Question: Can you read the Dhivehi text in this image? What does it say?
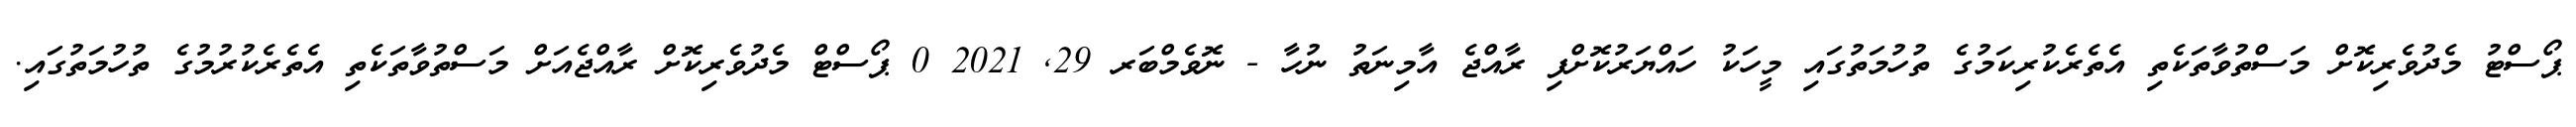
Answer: ޕޯސްޓު މެދުވެރިކޮށް މަސްތުވާތަކެތި އެތެރެކުރިކަމުގެ ތުހުމަތުގައި މީހަކު ހައްޔަރުކޮށްފި ރާއްޖެ އާމިނަތު ނުހާ - ނޮވެމްބަރ 29, 2021 0 ޕޯސްޓް މެދުވެރިކޮށް ރާއްޖެއަށް މަސްތުވާތަކެތި އެތެރެކުރުމުގެ ތުހުމަތުގައި.